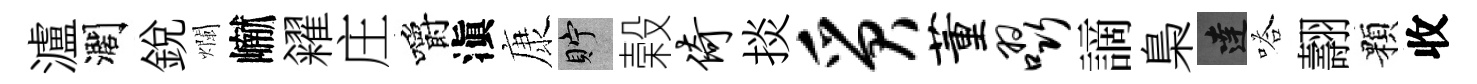
瀘濶銳爛𪩘糴庄嚼滇康貯榖倚掞质董啜謫梟達嗒翿顆收